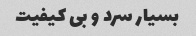
بسیار سرد و بی کیفیت